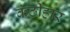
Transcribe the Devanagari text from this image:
कंठीहार